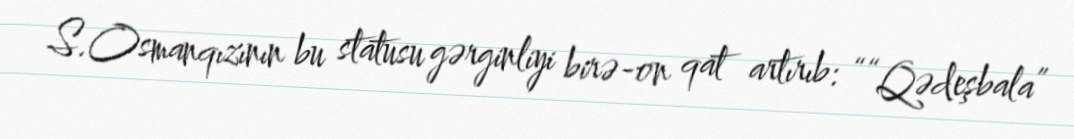
S.Osmanqızının bu statusu gərginliyi birə-on qat artırıb: ““Qədeşbala”